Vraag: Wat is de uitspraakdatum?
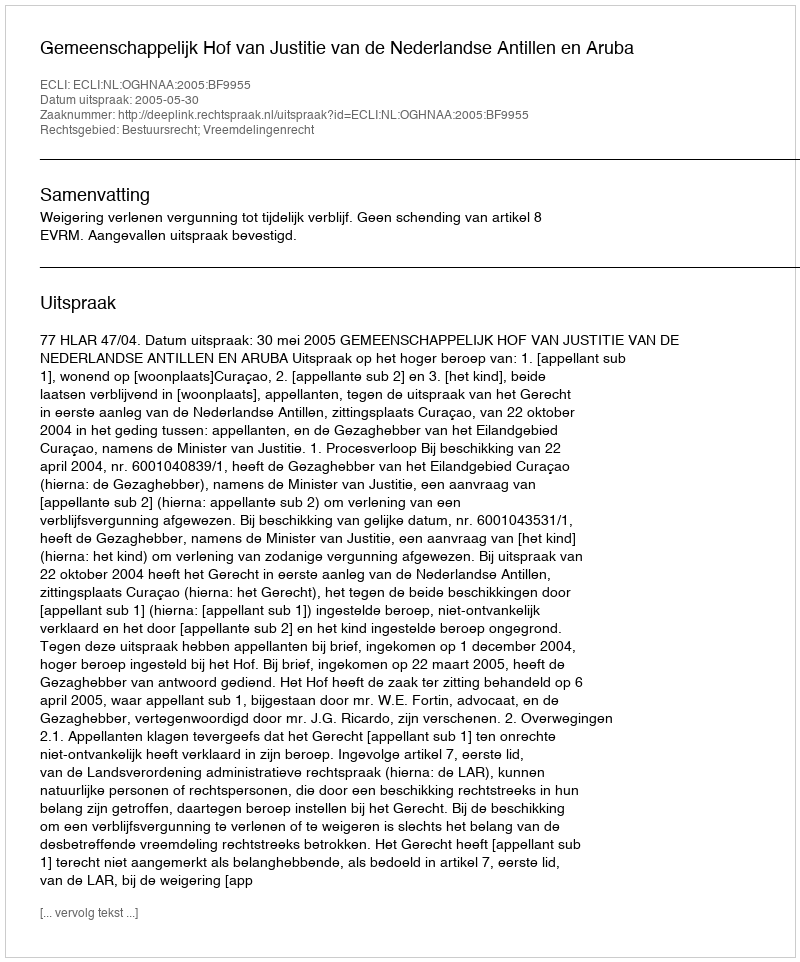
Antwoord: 2005-05-30